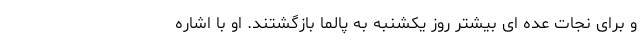
و برای نجات عده ای بیشتر روز یکشنبه به پالما بازگشتند. او با اشاره